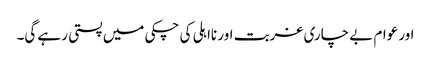
اور عوام بے چاری غربت اور نااہلی کی چکی میں پستی رہے گی۔